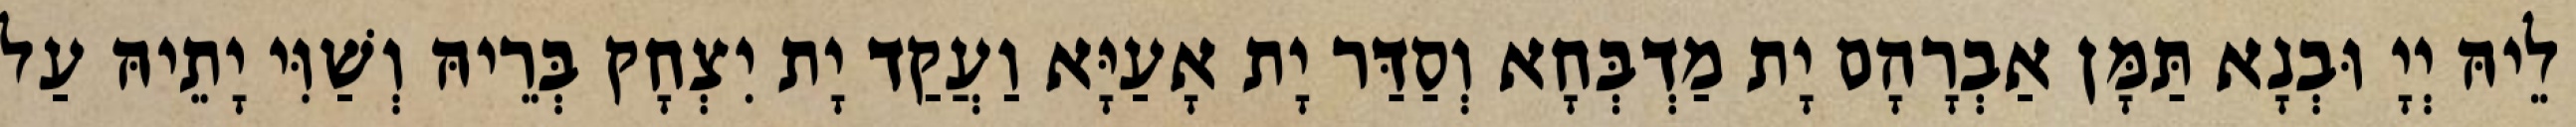
לֵיהּ יְיָ וּבְנָא תַּמָּן אַבְרָהָם יָת מַדְבְּחָא וְסַדַּר יָת אָעַיָּא וַעֲקַד יָת יִצְחָק בְּרֵיהּ וְשַׁוִּי יָתֵיהּ עַל